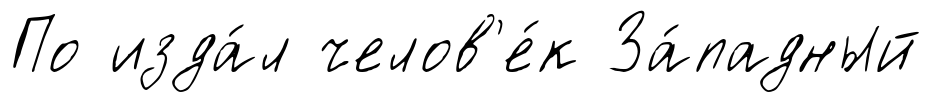
По изда́л челов'е́к За́падный